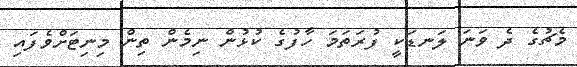
މެޗުގެ ދެ ވަނަ ލަނޑަކީ ފުރަތަމަ ހާފުގެ ކުޅުން ނިމެން ތިން މިނިޓަށްވެފައި